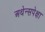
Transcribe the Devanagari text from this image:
अथेन्सपेक्षा